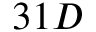
3 1 D